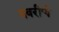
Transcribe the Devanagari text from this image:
नवरीचे